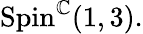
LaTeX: \mathrm{Spin}^{\mathbb{C}}(1,3).